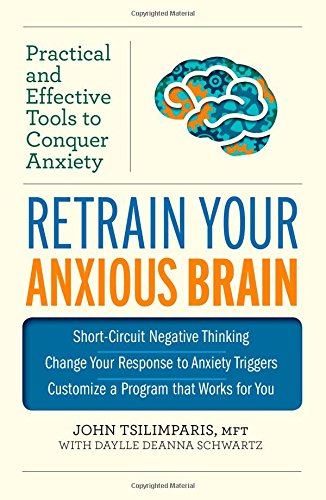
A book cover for Retrain Your Anxious Brain: Practical and Effective Tools to Conquer Anxiety; John Tsilimparis; Self-Help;